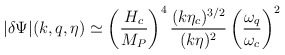
\begin{align*}|\delta\Psi|(k,q,\eta) \simeq\left(\frac{H_c}{M_P}\right)^4 \frac{(k\eta_c)^{3/2}}{(k\eta)^2}\left(\frac{\omega_q}{\omega_c}\right)^2\end{align*}